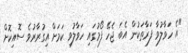
"އެ ހަވާލުވާ ފަރާތަކުން އެބަ ޖެހޭ ފޯމުގައި ހަވާލުވި ކަމަށް އިގުރާރުވެ ސޮއިކޮށް